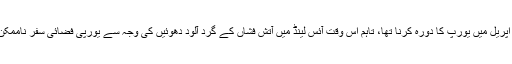
گیلانی نے اپریل میں یورپ کا دورہ کرنا تھا، تاہم اس وقت آئس لینڈ میں آتش فشاں کے گرد آلود دھوئیں کی وجہ سے یورپی فضائی سفر ناممکن ہو گیا تھا۔